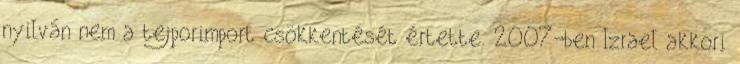
nyilván nem a tejporimport csökkentését értette. 2007-ben Izrael akkori